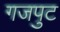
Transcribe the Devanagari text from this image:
गजपुट